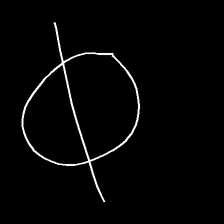
Glyph: orb